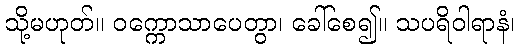
သို့မဟုတ်။ ဝက္ကောသာပေတွာ၊ ခေါ်စေ၍။ သပရိဝါရာနံ၊